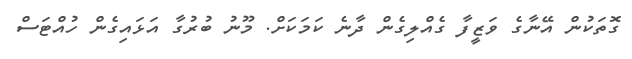
ގޮތަކުން އޭނާގެ ވަޒީފާ ގެއްލިގެން ދާނެ ކަމަކަށް. މޫނު ބުރުގާ އަޅައިގެން ހުއްޓަސް